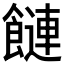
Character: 𩞙